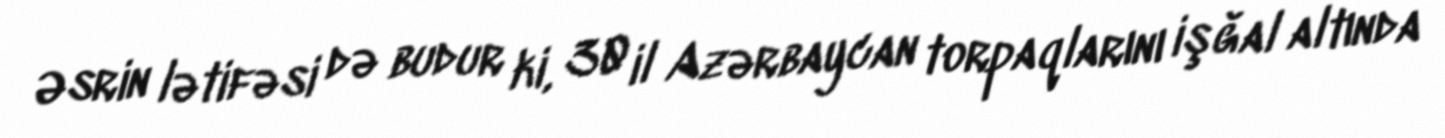
Əsrin lətifəsi də budur ki, 30 il Azərbaycan torpaqlarını işğal altında